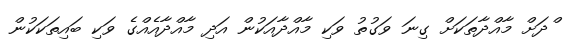
ްދަށް މާއްދާތަކަށް ގިނަ ވަގުތު ވަކި މާއްދާއަކުން އަދި މާއްދާއެއްގެ ވަކި ބައިތަކަކުން